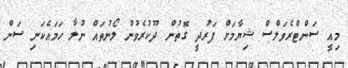
މިއީ ސަންޓްރެވަލްސް ޝިޔާމަށް ފަރުދީ ގޮތުން ދޫކުރެވުނު ލޯނުތައް ނުލާ ހަމައެކަނި ސަން